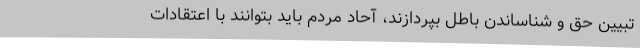
تبیین حق و شناساندن باطل بپردازند، آحاد مردم باید بتوانند با اعتقادات